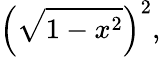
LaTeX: \left({\sqrt{1-x^{2}}}\right)^{2},